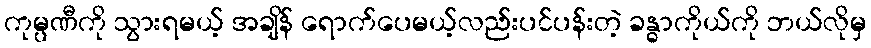
ကုမ္ပဏီကို သွားရမယ့် အချိန် ရောက်ပေမယ့်လည်းပင်ပန်းတဲ့ ခန္ဓာကိုယ်ကို ဘယ်လိုမှ